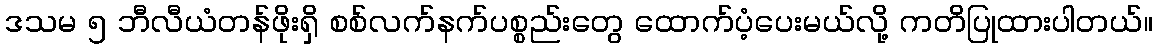
ဒသမ ၅ ဘီလီယံတန်ဖိုးရှိ စစ်လက်နက်ပစ္စည်းတွေ ထောက်ပံ့ပေးမယ်လို့ ကတိပြုထားပါတယ်။